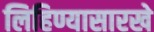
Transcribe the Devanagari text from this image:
लिहिण्यासारखे